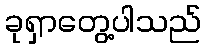
ခုရှာတွေ့ပါသည်